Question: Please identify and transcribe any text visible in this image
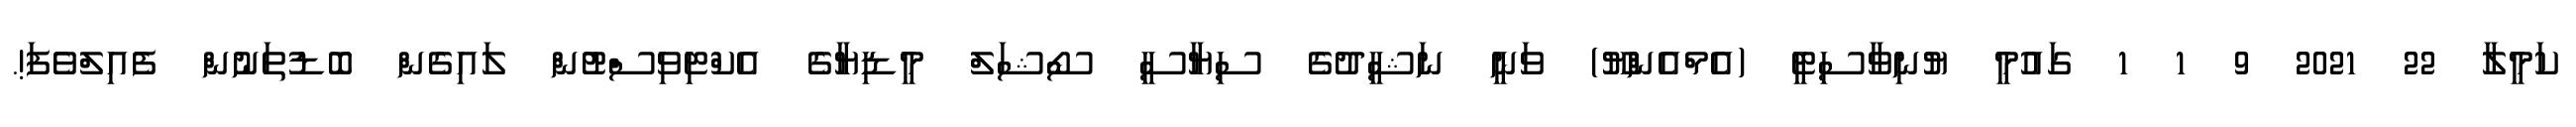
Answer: ކަމީލާ 22 2021 9 1 1 ގައުމީ ޔުނިވާސިޓީ (އެމްއެންޔޫ) ވަނީ ނަޝީދުގެ ސިޔާސީ ސޯޝަލް މީޑިޔާގެ އެކްޓިވިސްޓުން ލައިގެން ބޮޑުތަނުން ފެއިލްވެފަ!.